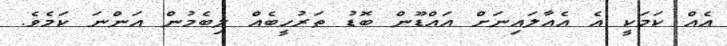
އެއް ކަމަކީ އެ އެއާލައިނަށް އައްޑޫން ބޮޑު ތަރުހީބެއް ލިބެމުން އަންނަ ކަމެވެ.